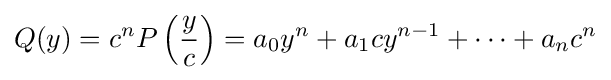
Q(y)=c^{n}P\left({\frac {y}{c}}\right)=a_{0}y^{n}+a_{1}cy^{n-1}+\cdots +a_{n}c^{n}